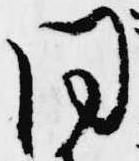
同